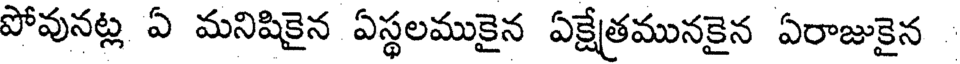
పోవునట్ల ఏ మనిషికైన ఏస్థలముకైన ఏక్షేత్రమునకైన ఏరాజుకైన